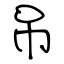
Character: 吊